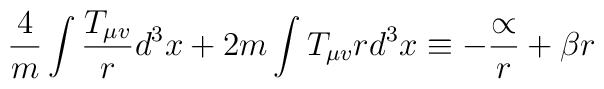
\frac{4}{m} \int \frac{T_{\mu v}}{r} d^3 x + 2m \int T_{\mu v} r d^3x \equiv-\frac{\propto}{r} + \beta r